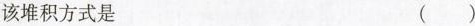
该堆积方式是 ( )